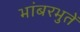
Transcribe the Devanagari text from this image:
भांबरभुतें